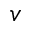
v